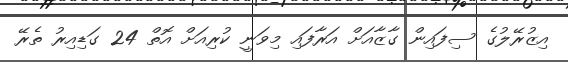
އިޒުރޭލުގެ ސިފައިން ގާޒާއަށް އަރާފައި މިވަނީ ކުރިއަށް އޮތް 24 ގަޑިއިރު ތެރޭ